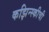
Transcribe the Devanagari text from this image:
कझिन्स्कीची